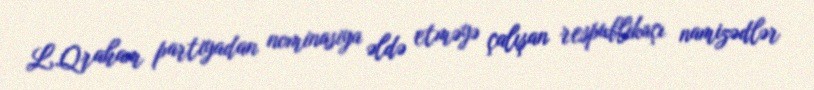
L.Qraham partiyadan nominasiya əldə etməyə çalışan respublikaçı namizədlər